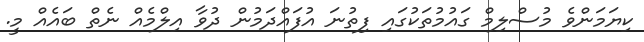
ކިޔަމަންވެ މުސްލިމް ގައުމުތަކުގައި ފިތުނަ އުފައްދަމުން ދުވާ އިލްމެއް ނެތް ބައެއް މީ.